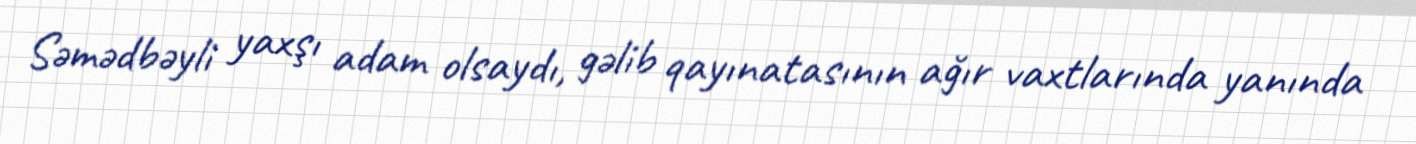
Səmədbəyli yaxşı adam olsaydı, gəlib qayınatasının ağır vaxtlarında yanında